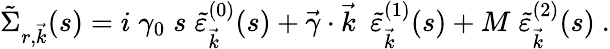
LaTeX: \tilde{\Sigma}_{r,\vec{k}}(s)=i\; \gamma_{0}\; s\; \tilde{\varepsilon}_{\vec{k}}^{(0)}(s)+\vec{\gamma}\cdot\vec{k}~~\tilde{\varepsilon}_{\vec{k}}^{(1)}(s)+M\; \tilde{\varepsilon}_{\vec{k}}^{(2)}(s)~.